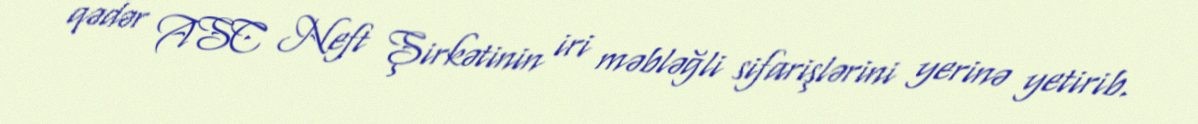
qədər ASC Neft Şirkətinin iri məbləğli sifarişlərini yerinə yetirib.